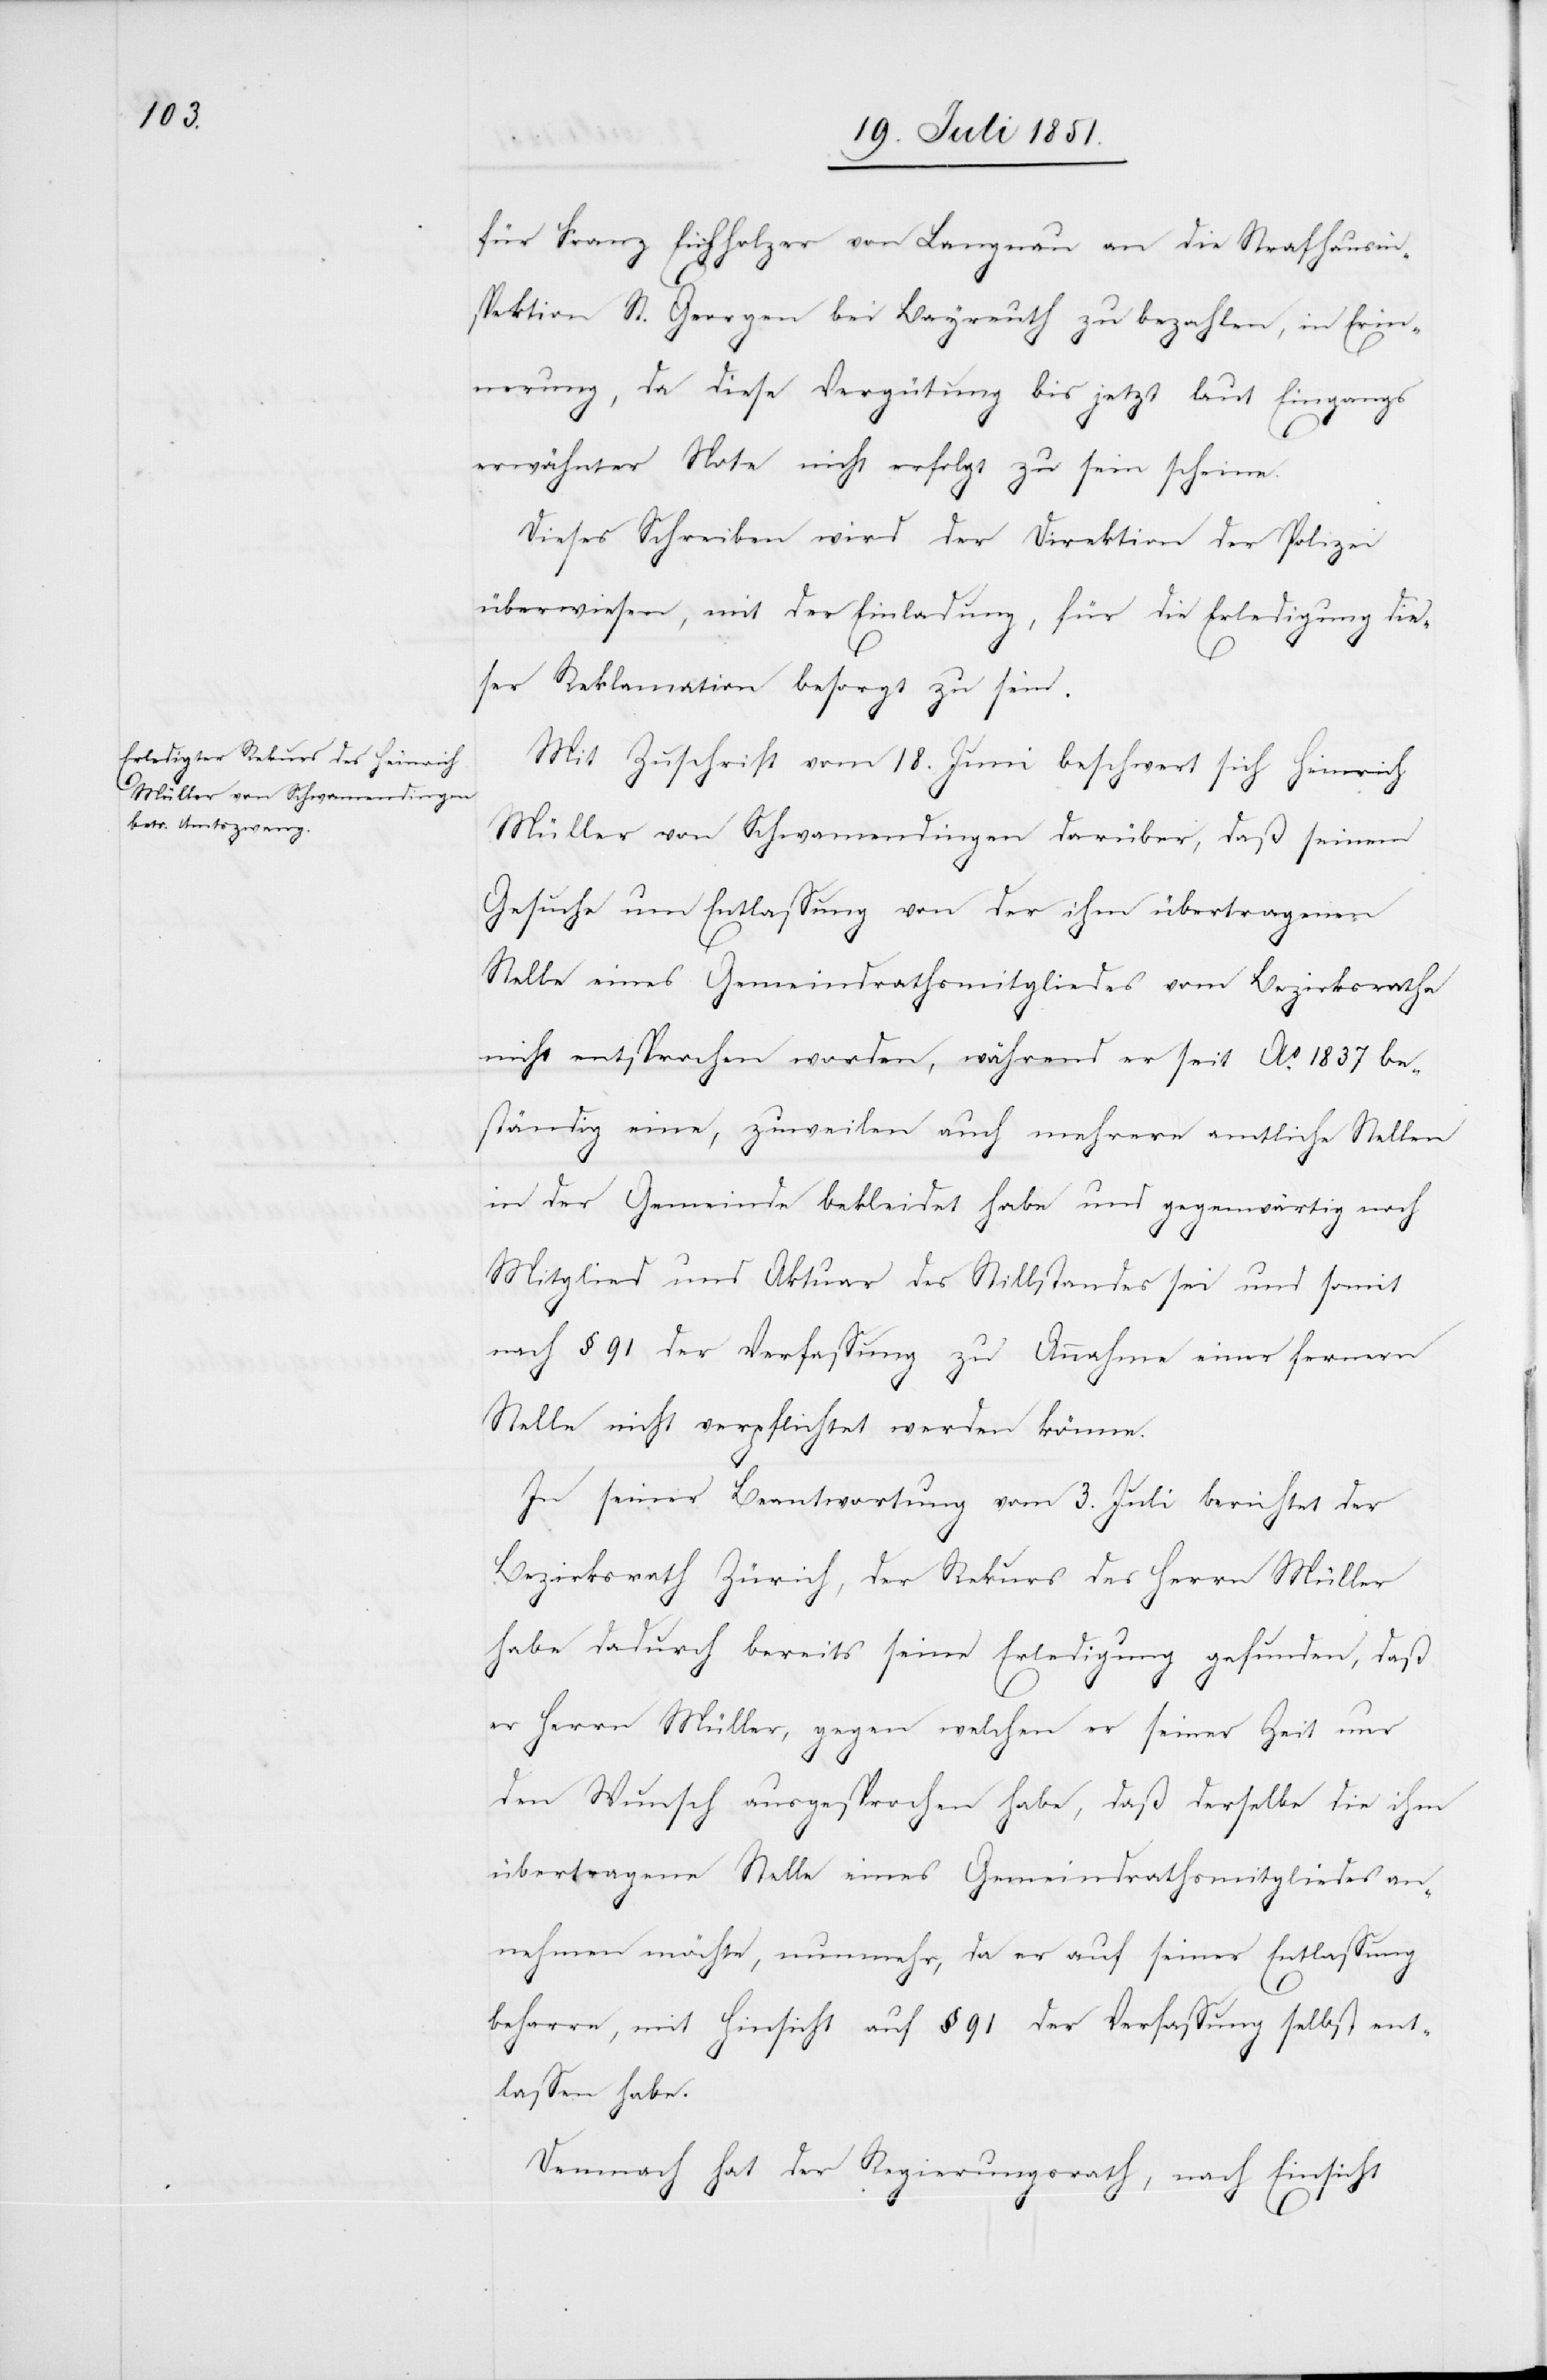
für Franz Eichholzer von Langnau an die Strafhausin¬
spektion St. Georgen bei Bayreuth zu bezahlen, in Erin¬
nerung, da diese Vergütung bis jetzt laut Eingangs
erwähnter Note nicht erfolgt zu sein scheine.
Dieses Schreiben wird der Direktion der Polizei
überwiesen, mit der Einladung, für die Erledigung die¬
ser Reklamation besorgt zu sein.
Mit Zuschrift vom 18. Juni beschwert sich Heinrich
Müller von Schwamendingen darüber, daß seinem
Gesuche um Entlassung von der ihm übertragenen
Stelle eines Gemeindrathsmitgliedes vom Bezirksrathe
nicht entsprochen worden, während er seit Ao. 1837 be¬
ständig eine, zuweilen auch mehrere amtliche Stellen
in der Gemeinde bekleidet habe und gegenwärtig noch
Mitglied und Aktuar des Stillstandes sei und somit
nach § 91 der Verfassung zu Annahme einer fernern
Stelle nicht verpflichtet werden könne.
In seiner Beantwortung vom 3. Juli berichtet der
Bezirksrath Zürich, der Rekurs des Herrn Müller
habe dadurch bereits seine Erledigung gefunden, daß
er Herrn Müller, gegen welchen er seiner Zeit nur
den Wunsch ausgesprochen habe, daß derselbe die ihm
übertragene Stelle eines Gemeindrathsmitgliedes an¬
nehmen möchte, nunmehr, da er auf seiner Entlassung
beharre, mit Hinsicht auf § 91 der Verfassung selbst ent¬
lassen habe.
Demnach hat der Regierungsrath, nach Einsicht